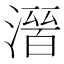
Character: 𭲒